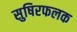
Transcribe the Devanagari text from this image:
सुषिरफलक